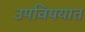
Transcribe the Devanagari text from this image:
उपविषयात